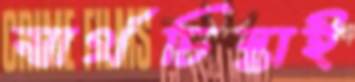
স্বার্থচিন্তাই